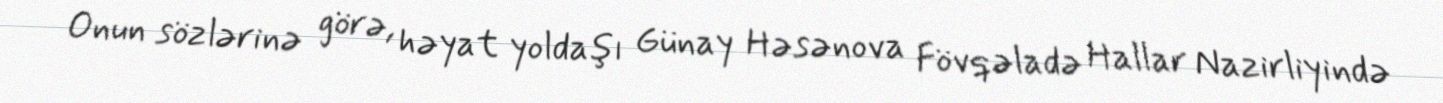
Onun sözlərinə görə, həyat yoldaşı Günay Həsənova Fövqəladə Hallar Nazirliyində